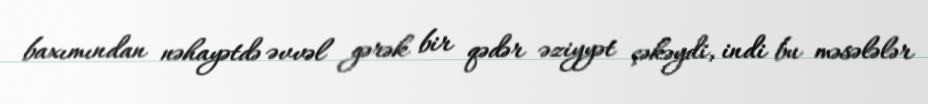
baxımından nəhayətdə əvvəl gərək bir qədər əziyyət çəkəydi, indi bu məsələlər